Vaccination Hyderabad 1890-1903 - 1890-1903
Year: 1890
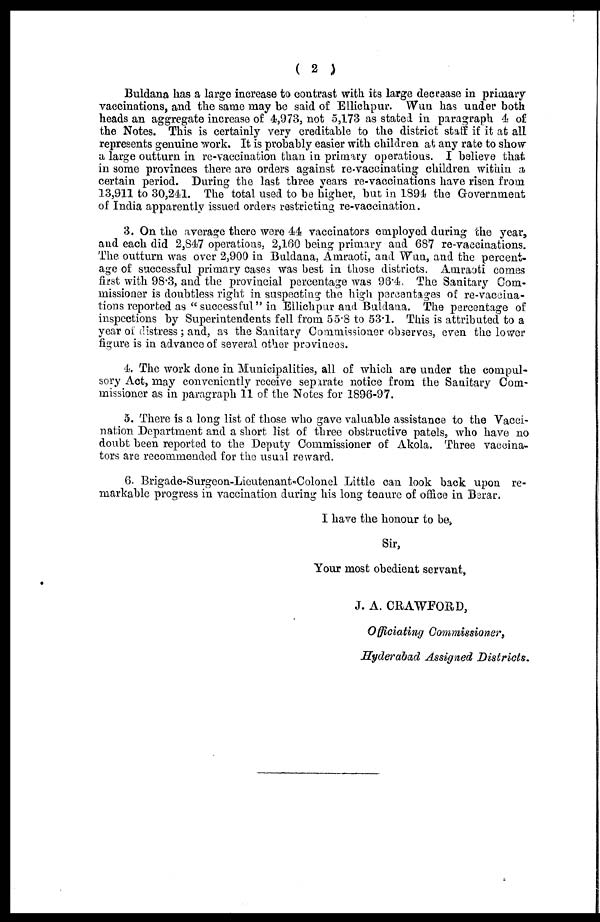
( 2 )
Buldana has a large increase to contrast with its large decrease in primary
vaccinations, and the same may be said of Ellichpur. Wun has under both
heads an aggregate increase of 4,973, not 5,173 as stated in paragraph 4 of
the Notes. This is certainly very creditable to the district staff if it at all
represents genuine work. It is probably easier with children at any rate to show
a large outturn in re-vaccination than in primary operations. I believe that
in some provinces there are orders against re-vaccinating children within a
certain period. During the last three years re-vaccinations have risen from
13,911 to 30,241. The total used to be higher, but in 1894 the Government
of India apparently issued orders restricting re-vaccination.
3. On the average there were 44 vaccinators employed during the year,
and each did 2,847 operations, 2,160 being primary and 687 re-vaccinations.
The outturn was over 2,900 in Buldana, Amraoti, and Wun, and the percent-
age of successful primary cases was best in those districts. Amraoti comes
first with 98.3, and the provincial percentage was 96.4. The Sanitary Com-
missioner is doubtless right in suspecting the high percentages of re-vaccina¬
tions reported as "successful" in Ellichpur and Buldana. The percentage of
inspections by Superintendents fell from 55.8 to 53.1. This is attributed to a
year of distress; and, as the Sanitary Commissioner observes, even the lower
figure is in advance of several other provinces.
4. The work done in Municipalities, all of which are under the compul-
sory Act, may conveniently receive separate notice from the Sanitary Com-
missioner as in paragraph 11 of the Notes for 1896-97.
5. There is a long list of those who gave valuable assistance to the Vacci-
nation Department and a short list of three obstructive patels, who have no
doubt been reported to the Deputy Commissioner of Akola. Three vaccina-
tors are recommended for the usual reward.
6. Brigade-Surgeon-Lieutenant-Colonel Little can look back upon re-
markable progress in vaccination during his long tenure of office in Berar.
I have the honour to be,
Sir,
Your most obedient servant,
J. A. CRAWFORD,
Officiating Commissioner,
Hyderabad Assigned Districts.